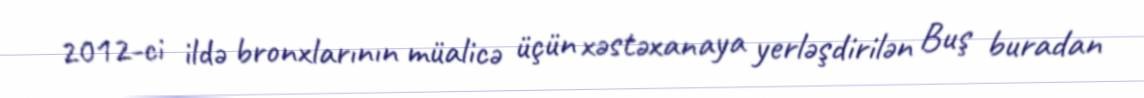
2012-ci ildə bronxlarının müalicə üçün xəstəxanaya yerləşdirilən Buş buradan